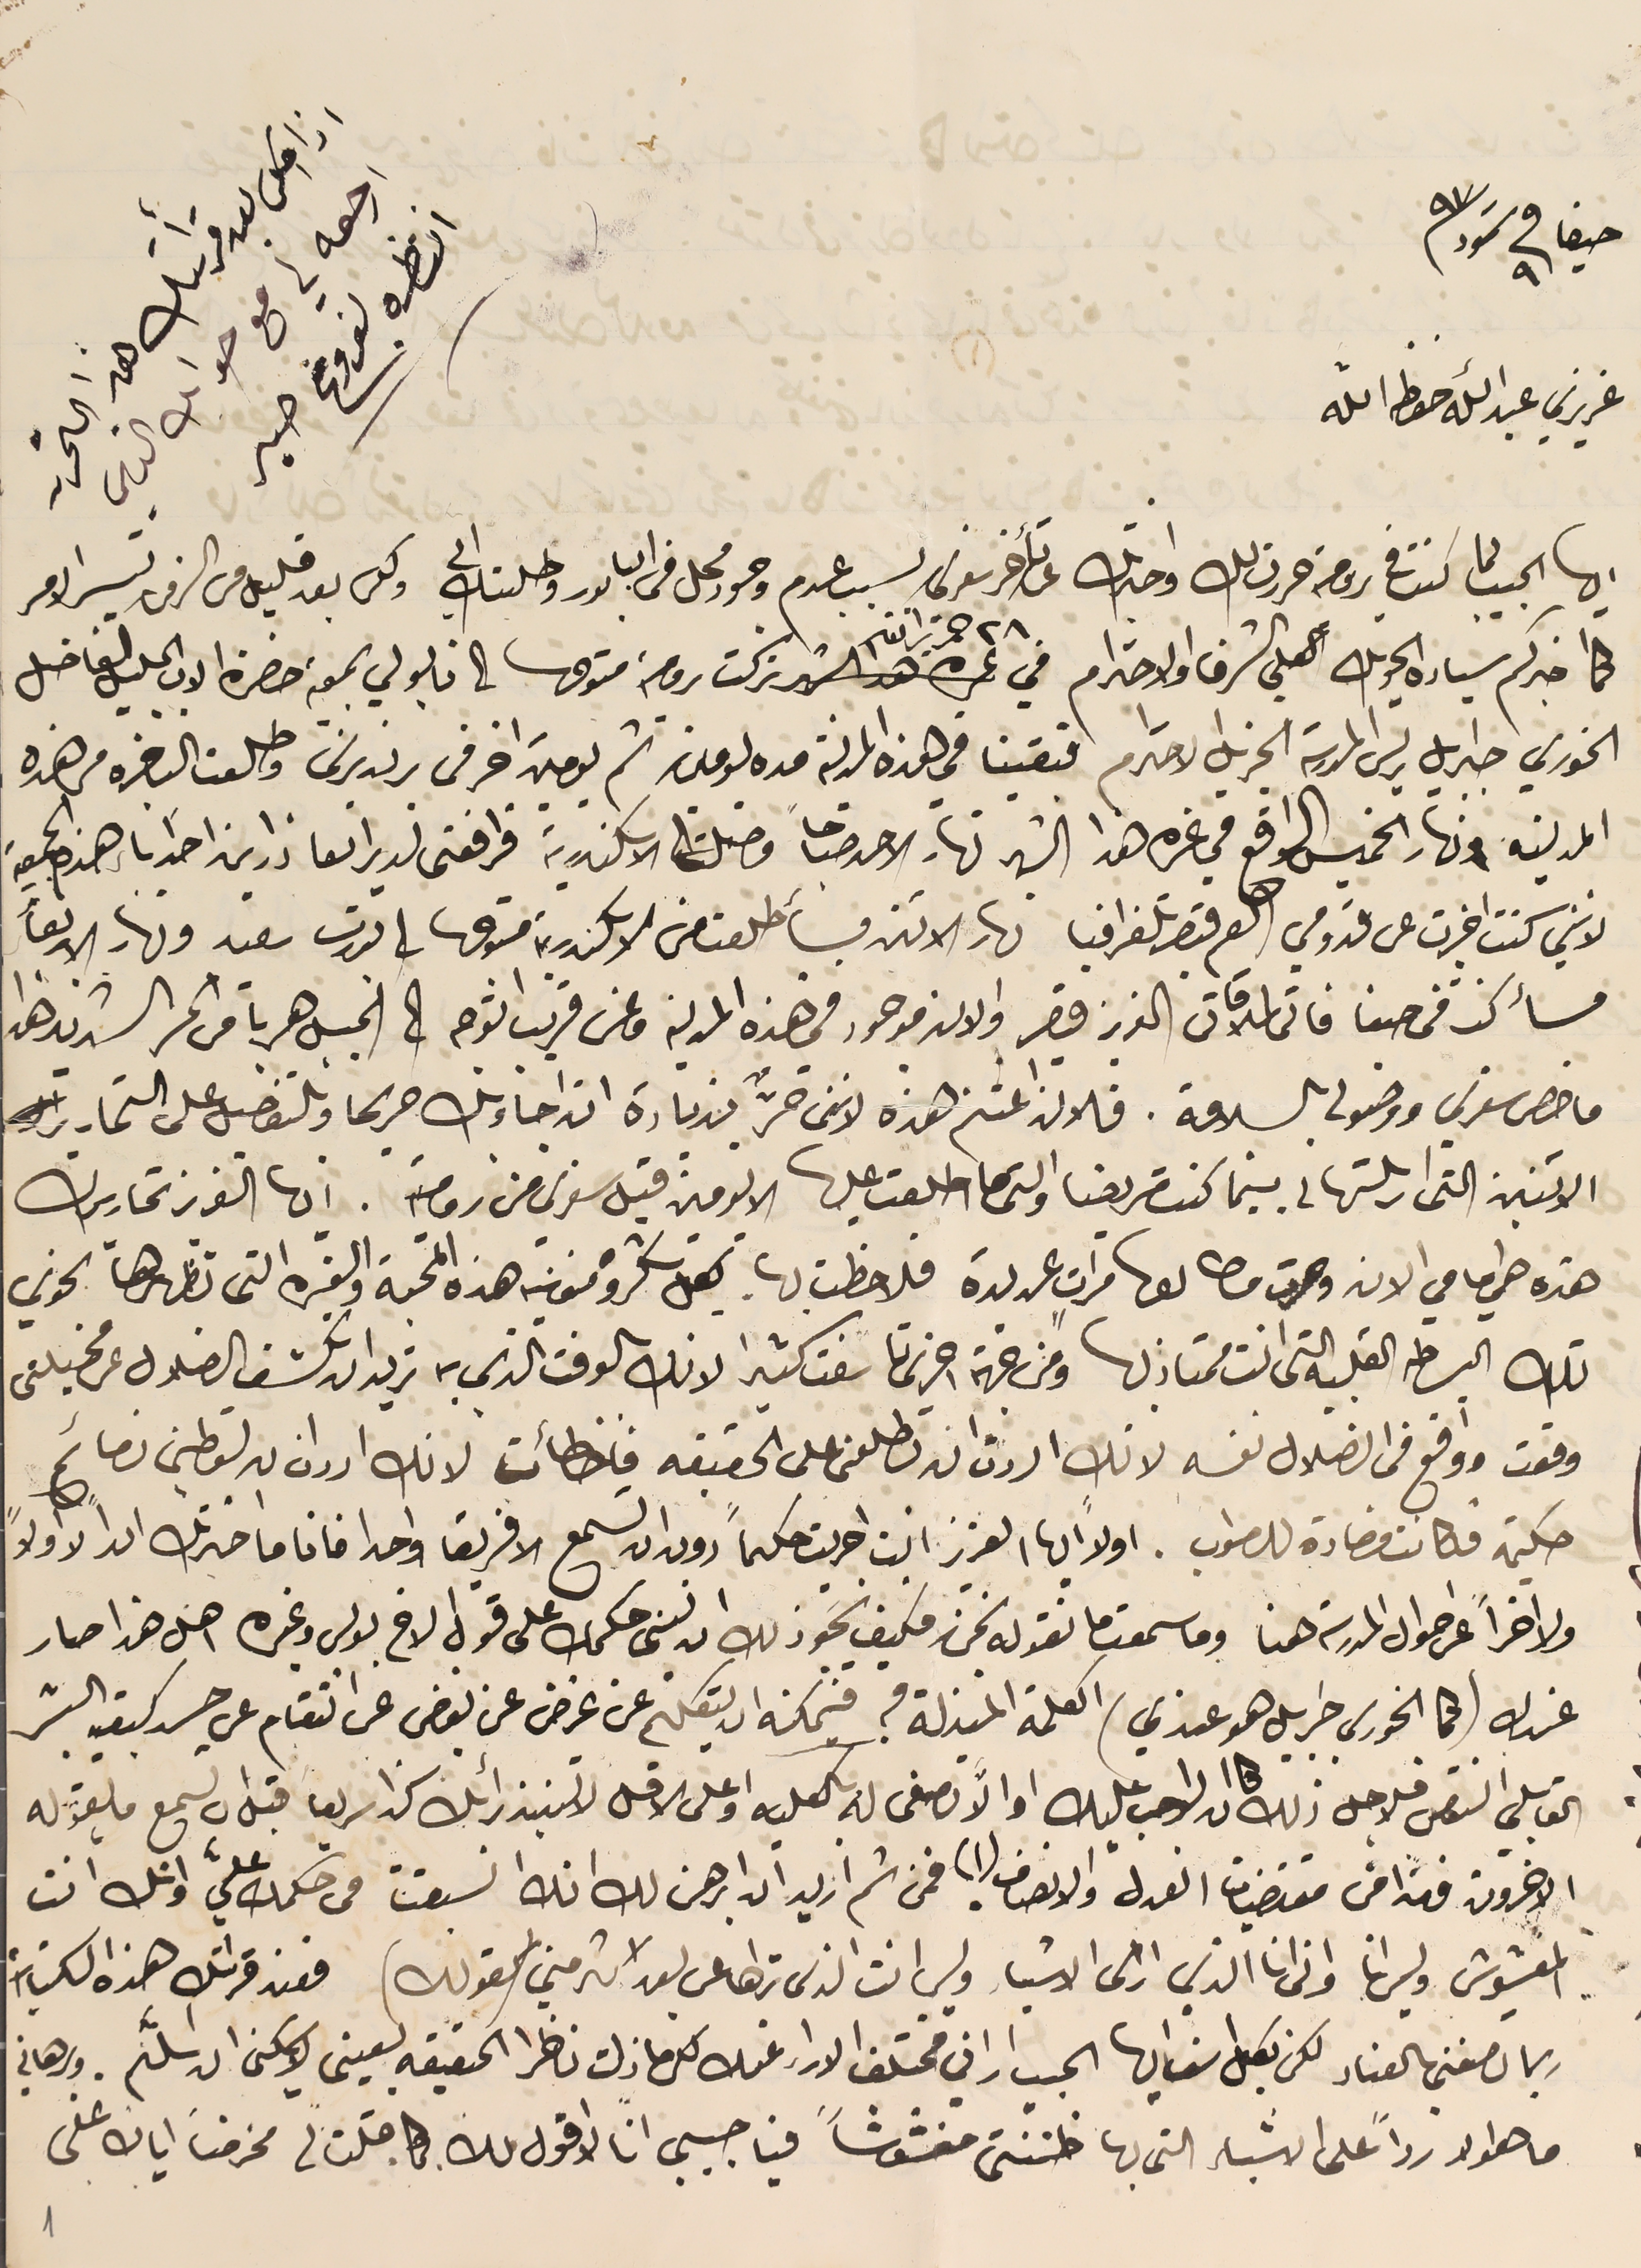
ايها الحبيب لما كنت في رومية حررت لك واخبرتك عن تأخر سفري بسب عدم وجود محل في البابور وطلبتك الي ولكن بعد قليل من الزمن تيسر الامر
كما اخبركم سيادة الحويك الكلي الشرف والاحترام في ٢٨ حزيران تركت رومية متوحها الى نابولي بمعية حضرة الاب الجليل الفاضل
الخوري جبرايل ريس المدرسة الجزيل الاحترام فبقينا فى هذه المدينة مده يومين ثم يومين اخر فى برنديرنسَ وطلعنا الباخره من هذه
المدينه ونهار الخميس الواقع في غره هذا الشهر نهار الاحد صباحاً وصلنا الاسكندرية فرافقنى لدير العاذارين احد اباء هذه الجمعية
لانني كنت اخبرت عن قدومي العم قيصر تلغرافيا نهار الاثنىن فأطلعت من الاسكندرية متوجها الى بورت سَعيد ونهار الاربعأ
 مسأ كنت فى حيفا فاتى لملاقاتى العزيز قيصر والان موجود في هذه المدينة وعن قريب اتوجه الى الجبل هرباً من الحر الشديد هذا
ما خص سفرتي ووصولى بالسلامة. فلان اغتنم هذه لاننى حرٌّ بزيادة ان اجاوبك بالتفصيل على التحارير
الاثنين التى ارسلتها لى بينما كنت مريضا والتى ما اطلعت عليها الا يومين قبل سَفرى من رومية. ايها العزيز تحاريرك
هذه هي امامي الان وصرت مطالعها مرات عديدة فلاحظت بها كل شكر ومنونية هذه المحبة والغيره التى تظهرها نحوي
تلك البساطه القلبية التى انت ممتاز بها ومن جهة اخرى تاسفت كثيرا لانك بالوقت الذي به تريد ان تكشف الضلال عن مخيلتى
وقعت واوقع فى الضلال نفسه لانك اردت ان تطلعنى على الحقيقه فاخطأت لانك ادران ان تعطيني نصائح
 حكيمة فكانت مضادة للصواب. اولاً ايها العزيز انت اجريت حكماً دون ان تسمع الا فريقا واحدا فانا ما اخترتك ابداً لا اولاً
ولا اخراً عن احوال المدرسة هنا وما سمعت ما نقوله نحن فكيف يجوز ذلك ان ننسَى حكمك على قول الاخ بولس وغيره اهل هذا صار
 عندك (كما الخوري جبرايل هو عندي) الكلمة المبذلة فيه فيمكنه ان يتكلم عن غرض عن بغض عن انتقام عن حسد كبقية البشر
القابلي النص فلاجل ذلك كان الواجب عليك او الاَّ تصغى له بالكليه او على الاقل لا تسنيد رأيك لهذا سريعا قبل ان تسمع ما يقوله
الاخرون فهذا من مقتضيات العدل والانصاف (١) فمن ثم اريد ان ابرهن لك انك انسبقت فى حكمك عليّ وانك انت
المغشوش وليس انا وانى انا الذي ارى الاشياء وليس انت الذى تراها عن بعد اكثر مني (كقولك) فعند قراتك هذه الكتابات
 ربما تصفني بالعناد لكن بكل اسف أيها الحبيب اراني مختلف الاراء عنك لكن ما زلت ناظرا الحقيقه بعينى لا يمكن ان اسلَّم. وبرهاني
ما هو لا رداً على الاشياء التى بها ظننتى مغشوشاً فيا حبيبي انا لا اقول لك كما قلت لى فحرمنا اياك على
1
اذا امكن بعد قرأتك هذا التحرىر
ارجعه لي مع جوابك التاني
انتظره بفروغ صبر
حيفا فى ٩ تموز ٩٧
عزيزي عبدالله حفظه الله